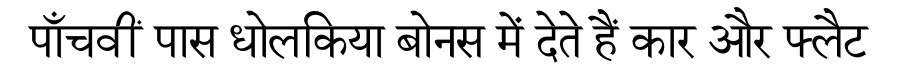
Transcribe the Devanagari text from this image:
पाँचवीं पास धोलकिया बोनस में देते हैं कार और फ्लैट